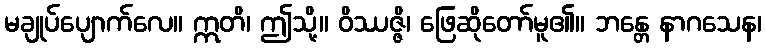
မချုပ်ပျောက်လေ။ ဣတိ၊ ဤသို့။ ဝိဿဇ္ဇိ၊ ဖြေဆိုတော်မူ၏။ ဘန္တေ နာဂသေန၊